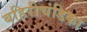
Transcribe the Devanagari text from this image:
बहिरीचंडिका